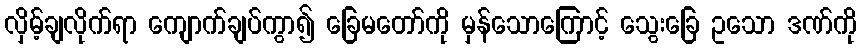
လှိမ့်ချလိုက်ရာ ကျောက်ချပ်ကွာ၍ ခြေမတော်ကို မှန်သောကြောင့် သွေးခြေ ဥသော ဒဏ်ကို